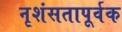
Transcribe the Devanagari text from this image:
नृशंसतापूर्वक